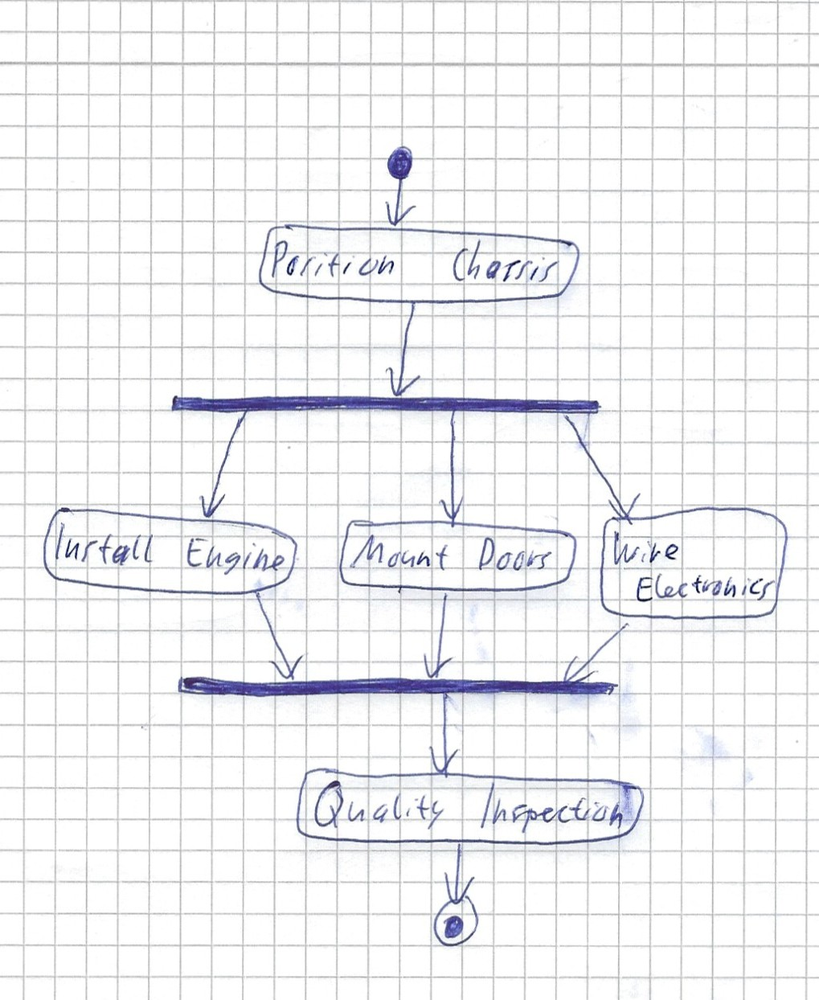
Diagram type: activity_diagram
```plantuml
@startuml

start
:Position Chassis;
fork
  :Install Engine;
fork again
  :Mount Doors;
fork again
  :Wire Electronics;
end fork
:Quality Inspection;
stop

@enduml
```